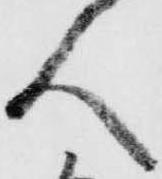
人